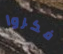
فكروا